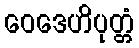
ဝေဒေဟိပုတ္တံ